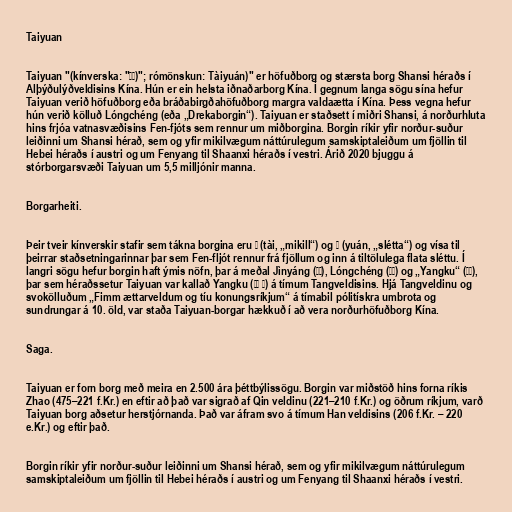
Taiyuan

Taiyuan "(kínverska: "太原)"; rómönskun: Tàiyuán)" er höfuðborg og stærsta borg Shansi héraðs í
Alþýðulýðveldisins Kína. Hún er ein helsta iðnaðarborg Kína. Í gegnum langa sögu sína hefur
Taiyuan verið höfuðborg eða bráðabirgðahöfuðborg margra valdaætta í Kína. Þess vegna hefur
hún verið kölluð Lóngchéng (eða „Drekaborgin“). Taiyuan er staðsett í miðri Shansi, á norðurhluta
hins frjóa vatnasvæðisins Fen-fjóts sem rennur um miðborgina. Borgin ríkir yfir norður-suður
leiðinni um Shansi hérað, sem og yfir mikilvægum náttúrulegum samskiptaleiðum um fjöllin til
Hebei héraðs í austri og um Fenyang til Shaanxi héraðs í vestri. Árið 2020 bjuggu á
stórborgarsvæði Taiyuan um 5,5 milljónir manna.

Borgarheiti.

Þeir tveir kínverskir stafir sem tákna borgina eru 太 (tài, „mikill“) og 原 (yuán, „slétta“) og vísa til
þeirrar staðsetningarinnar þar sem Fen-fljót rennur frá fjöllum og inn á tiltölulega flata sléttu. Í
langri sögu hefur borgin haft ýmis nöfn, þar á meðal Jìnyáng (晋阳), Lóngchéng (龙城) og „Yangku“ (阳曲),
þar sem héraðssetur Taiyuan var kallað Yangku (阳曲 县) á tímum Tangveldisins. Hjá Tangveldinu og
svokölluðum „Fimm ættarveldum og tíu konungsríkjum“ á tímabil pólitískra umbrota og
sundrungar á 10. öld, var staða Taiyuan-borgar hækkuð í að vera norðurhöfuðborg Kína.

Saga.

Taiyuan er forn borg með meira en 2.500 ára þéttbýlissögu. Borgin var miðstöð hins forna ríkis
Zhao (475–221 f.Kr.) en eftir að það var sigrað af Qin veldinu (221–210 f.Kr.) og öðrum ríkjum, varð
Taiyuan borg aðsetur herstjórnanda. Það var áfram svo á tímum Han veldisins (206 f.Kr. – 220
e.Kr.) og eftir það.

Borgin ríkir yfir norður-suður leiðinni um Shansi hérað, sem og yfir mikilvægum náttúrulegum
samskiptaleiðum um fjöllin til Hebei héraðs í austri og um Fenyang til Shaanxi héraðs í vestri.